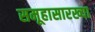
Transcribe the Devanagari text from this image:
समूहासारख्या